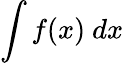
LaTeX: \int f(x)\ dx